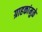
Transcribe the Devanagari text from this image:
ग्राहकांमुळे